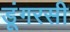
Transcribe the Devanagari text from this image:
डूंगरसी